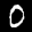
Digit: 0